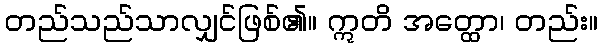
တည်သည်သာလျှင်ဖြစ်၏။ ဣတိ အတ္ထော၊ တည်း။